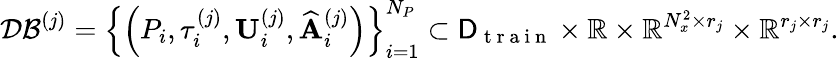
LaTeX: \mathcal{DB}^{(j)}=\left\{ \left(P_{i},\tau_{i}^{(j)},\mathbf{U}_{i}^{(j)},\widehat{\mathbf{A}}_{i}^{(j)}\right)\right\} _{i=1}^{N_{P}}\subset\mathsf{D}_{\mathrm{~t~r~a~i~n~}}\times\mathbb{R}\times\mathbb{R}^{N_{x}^{2}\times r_{j}}\times\mathbb{R}^{r_{j}\times r_{j}}.